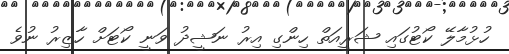
ހުޅުމާލޭ ކޯޓުގައި ޝަރީއަތް ހިންގި އިރު ނަޝީދު ވަނީ ކޯޓަށް ހާޒިރު ނުވެ